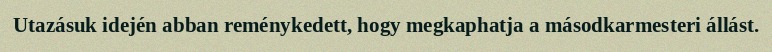
Utazásuk idején abban reménykedett, hogy megkaphatja a másodkarmesteri állást.